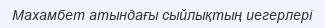
Махамбет атындағы сыйлықтың иегерлері